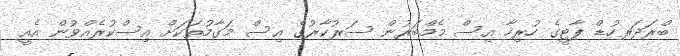
ބްރަދަރހުޑް ޕާޓީގެ ހުރިހާ އިސް މެމްބަރުން ސަރުކާރުގެ އިސް މަގާމުތަކަށް އިސްކުރެއްވުން އެއީ